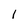
Character: 1